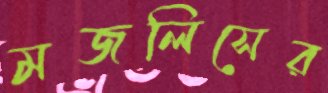
মজলিসের